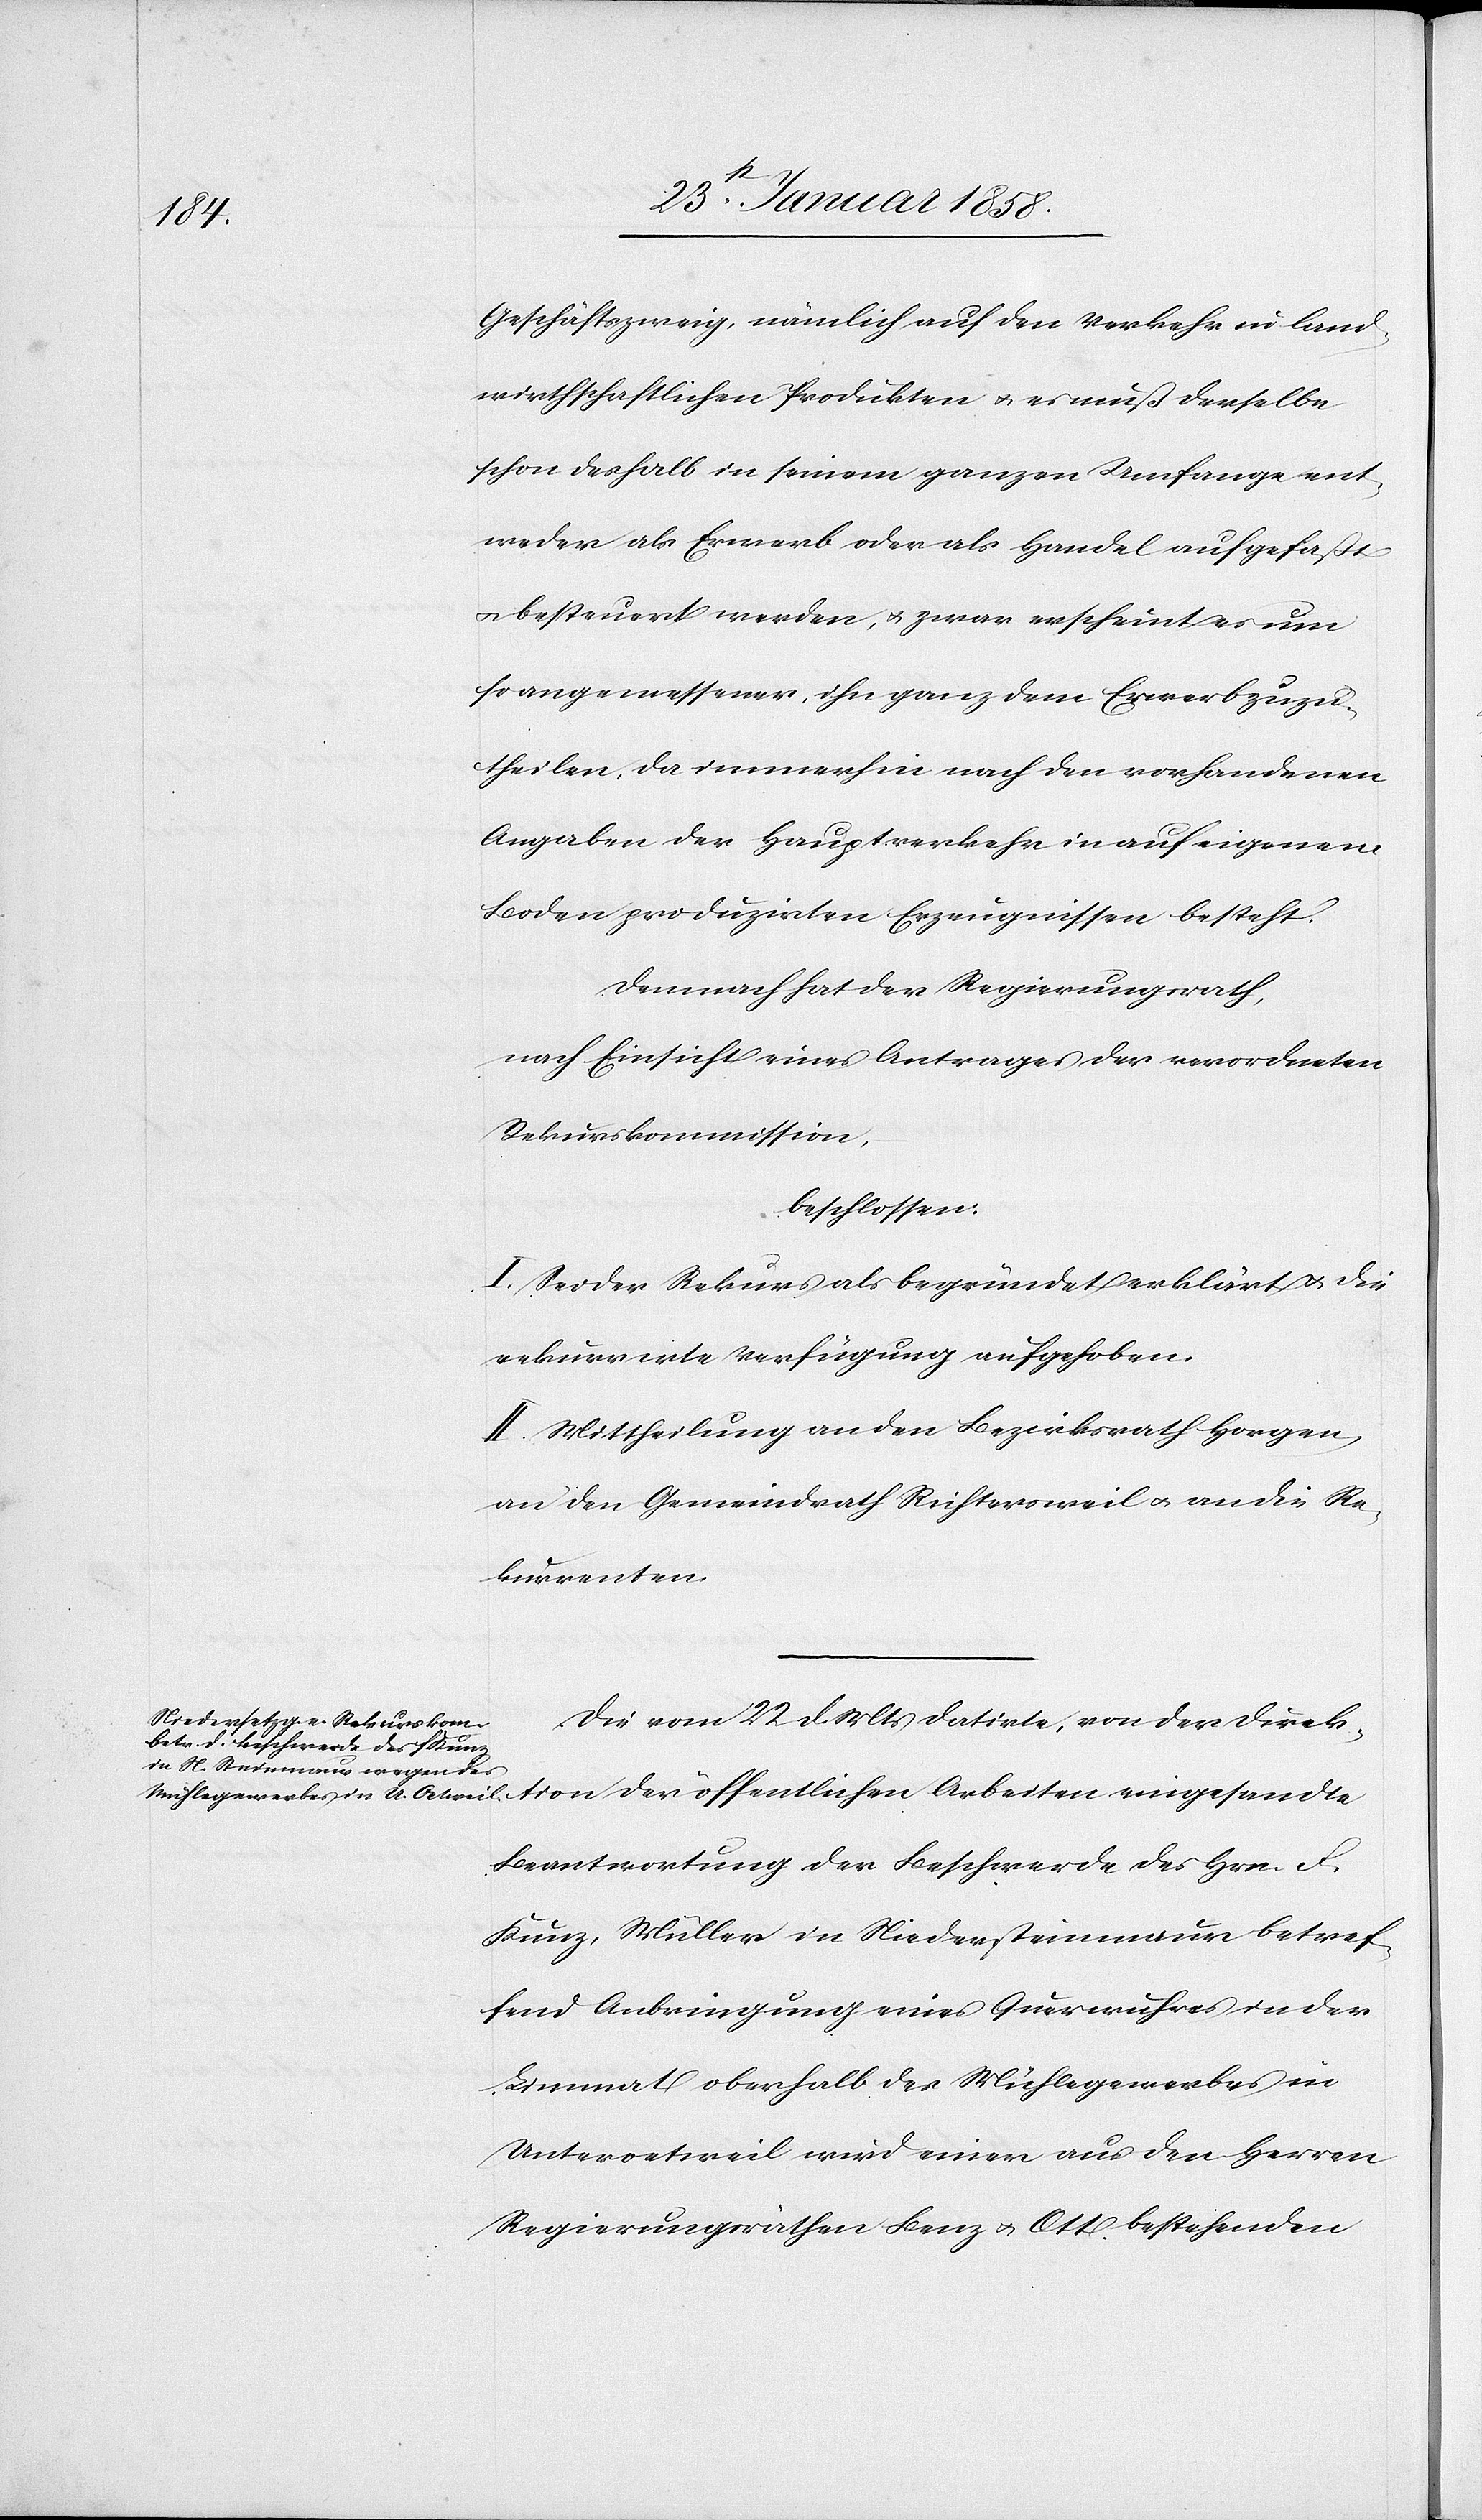
tion

Geschäftszweig, nämlich auf den Verkehr in land¬
wirthschaftlichen Produkten u. es muß derselbe
schon deshalb in seinem ganzen Umfange ent¬
weder als Erwerb oder als Handel aufgefaßt
u. besteuert werden, u. zwar erscheint es um
so angemessener, ihn ganz dem Erwerb zuzu¬
theilen, da immerhin nach den vorhandenen
Angaben der Hauptverkehr in auf eigenem
Boden produzirten Erzeugnissen besteht.
Demnach hat der Regierungsrath,
nach Einsicht eines Antrages der verordneten
Rekurskommission,
beschlossen:
I. Sei der Rekurs als begründet erklärt u. die
rekurrirte Verfügung aufgehoben.
II. Mittheilung an den Bezirksrath Horgen,
an den Gemeindrath Richtersweil u. an die Re¬
kurrenten.
Die vom 22 d. Mts datirte, von der Direk¬
Beantwortung der Beschwerde des Hrn. F.
Kunz, Müller in Niedersteinmaur betref¬
fend Anbringung eines Querwuhres in der
Limmath oberhalb des Mühlegewerbes in
Unteroetweil wird einer aus den Herren
Regierungsräthen Benz u. Ott bestehenden